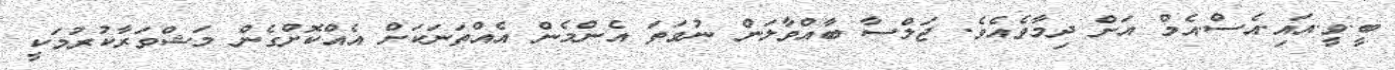
ބީ.ވީ.އައި.އެސް.އެމް އަށް ދިމާވެއެވެ. ޖަލްސާ ބާއްވާލަން ނުވަތަ އެންމެން އެއްތަނަކަށް އެއްކޮށްގެން މަޝްވަރާކުރުމަކީ